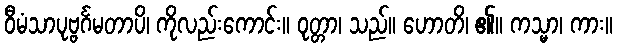
ဝီမံသာပုဗ္ဗင်္ဂမတာပိ၊ ကိုလည်းကောင်း။ ဝုတ္တာ၊ သည်။ ဟောတိ၊ ၏။ ကသ္မာ၊ ကား။